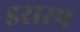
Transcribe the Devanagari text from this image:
इरास्प